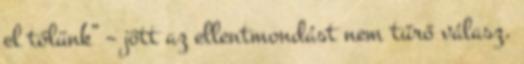
el tőlünk” – jött az ellentmondást nem tűrő válasz.